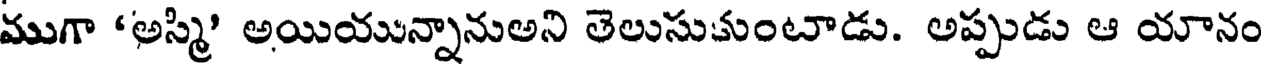
ముగా 'అస్మి' అయియున్నానుఅని తెలుసుకుంటాడు. అప్పుడు ఆ యానం